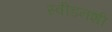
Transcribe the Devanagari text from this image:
स्वीडनशी